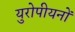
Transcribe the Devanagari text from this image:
युरोपीयनों